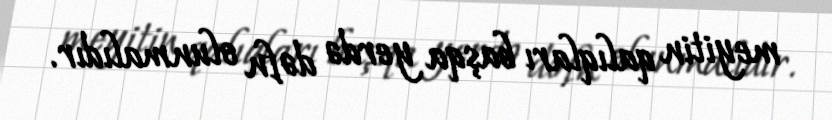
meyitin qalıqları başqa yerdə dəfn olunmalıdır.